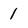
Character: 1